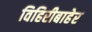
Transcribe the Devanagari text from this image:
विहिरीबाहेर